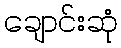
ချောင်းဆုံ